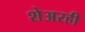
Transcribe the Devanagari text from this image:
शेअरही